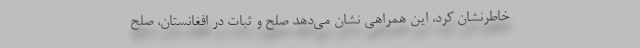
خاطرنشان کرد، این همراهی نشان می‌دهد صلح و ثبات در افغانستان، صلح